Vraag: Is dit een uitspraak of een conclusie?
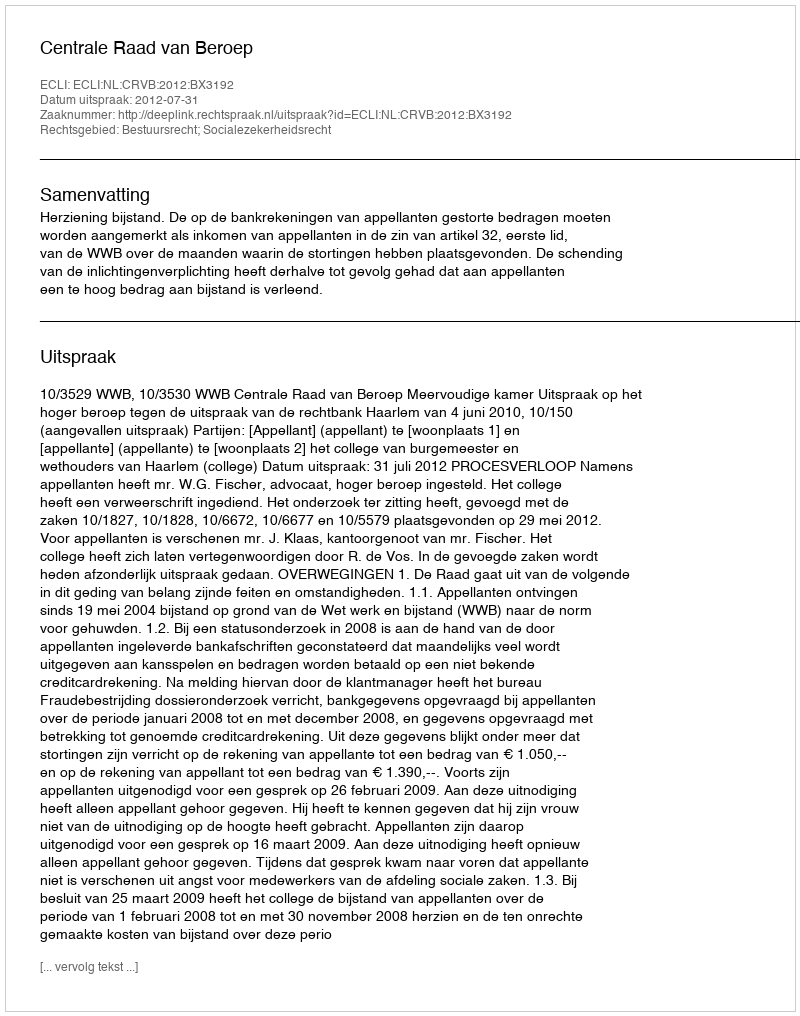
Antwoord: Uitspraak